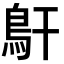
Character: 𩾝